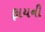
ફાયની